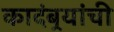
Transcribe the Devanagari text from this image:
कादंबर्‍यांंची